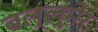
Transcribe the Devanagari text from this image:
बल्ल्मेर